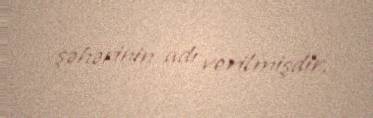
şəhərinin adı verilmişdir.